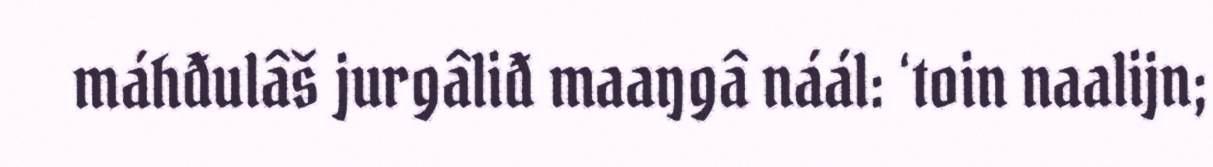
máhđulâš jurgâliđ maaŋgâ náál: ‘toin naalijn;